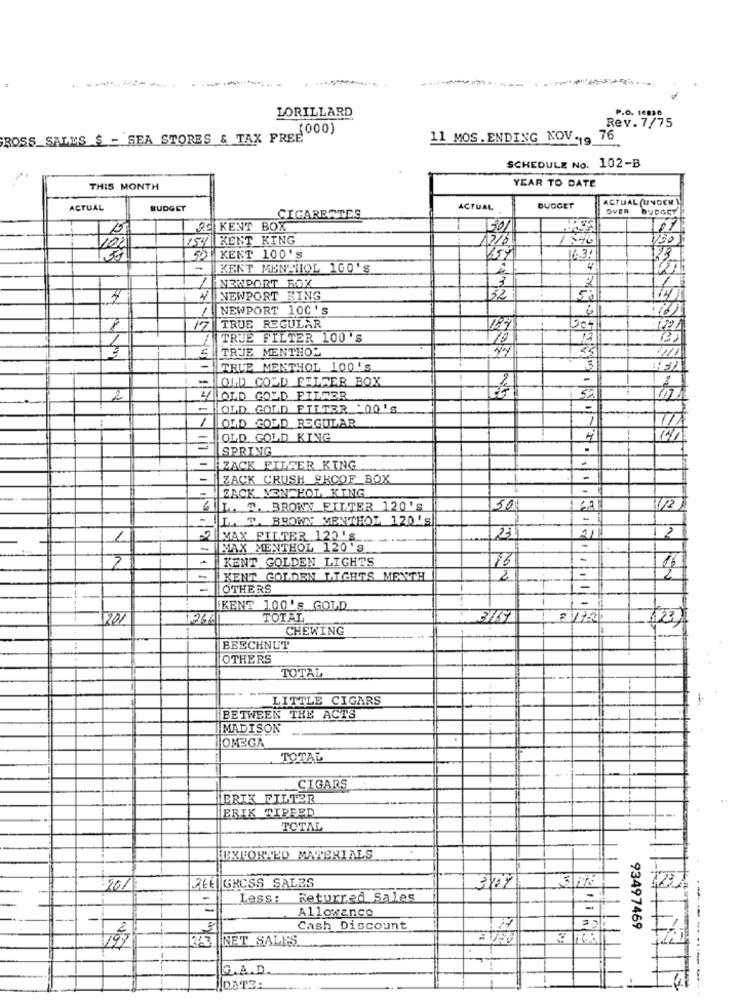
LORILLARD
Rev. 7/75
P.O. 10029
.(000)
ROSS_SALES $ - SEA STORES & TAX FREE"
11 MOS. ENDING NOV.19 76
SCHEDULE No. 102-B
YEAR TO DATE
THIS MONTH
ACTUAL (UNGER )
ACTUAL
BUDGET
CIGARETTES
ACTUAL
BUDGET
OVER
AC KENT BOX
30/
254 KENT KING
130
51 KENT 100'S
259
6.34
-
KENT MENAHOL 100'S
1
NEWPORT BOX
3
4
4
NEWPORT KING
32
14
1
NEWPORT 100'S
17 TRUE REGULAR
3041
1
TRUE FILTER 100'S
TRUE MENTHOL
11
TRUE MENTHOL 100's
-
OLD COLD FILMER BOX
4LOLD GOLD FILRER
-
OLD GOLD FILTER 00'S
1
OLD GOLD REGULAR
TIA
OLD GOLD KING
4
191
SPRING
-
-
ZACK FILTER KING
ZACK CRUSH 9KCOF BOX
-
ZACK MENTHOL KING
IL. T. BROWN FILTER 120'S
50%
1/2
L. T. BROWN MENTHOL 120'S
-
1
MAX FILTER 120 's_
---
21
21
12
-
MAX MENTHOL 120 'S
3
KENT GOLDEN LIGHTS
16
16
-
KENT GOLDEN LIGERS MENTH
=
OTHERS
iKENT 100'S GOLD
1201
TOTAL
3/17
CHEWING
(23)
BEECHNUT
OTHERS
TOTAL
LITTLE CIGARS
BETWEEN THE ACTS
MADISON
OMEGA
TOTAL
_CIGARS
ERIK FILTER
ERIK TIPEED
TOTAL
HEXFORFED MATERIALS
20/
26E GROSS SALES
3407
12
Less:
Returred Sales
- .
Allowance
-
Cash Discount
93497469
197
INET SALES
G.A.D.
DATE: